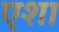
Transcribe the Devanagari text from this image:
एशा